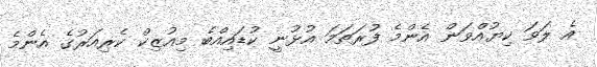
އެ ލަވަ ކިޔުއްވަން އެންމެ ފުރަތަމަ އުޅުނީ ކުޑައިއްބެ މިއުޒިކް ކެރިއަރުގެ އެންމެ